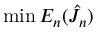
\operatorname* { m i n } E _ { n } ( \hat { J } _ { n } )